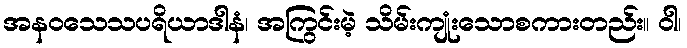
အနဝသေသပရိယာဒါနံ၊ အကြွင်းမဲ့ သိမ်းကျုံးသောစကားတည်း။ ဝါ၊